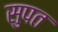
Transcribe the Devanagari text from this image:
सुपत